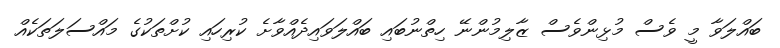
ބައްލަވާ މީ ވެސް މުޅިންވެސް ޒާލިމުންނޭ ހިތްނުބައި ބައްލަވައިދެއްވާށެ ކުރިހައި ކުށްތަކުގެ މައްސަލަތަކެއް